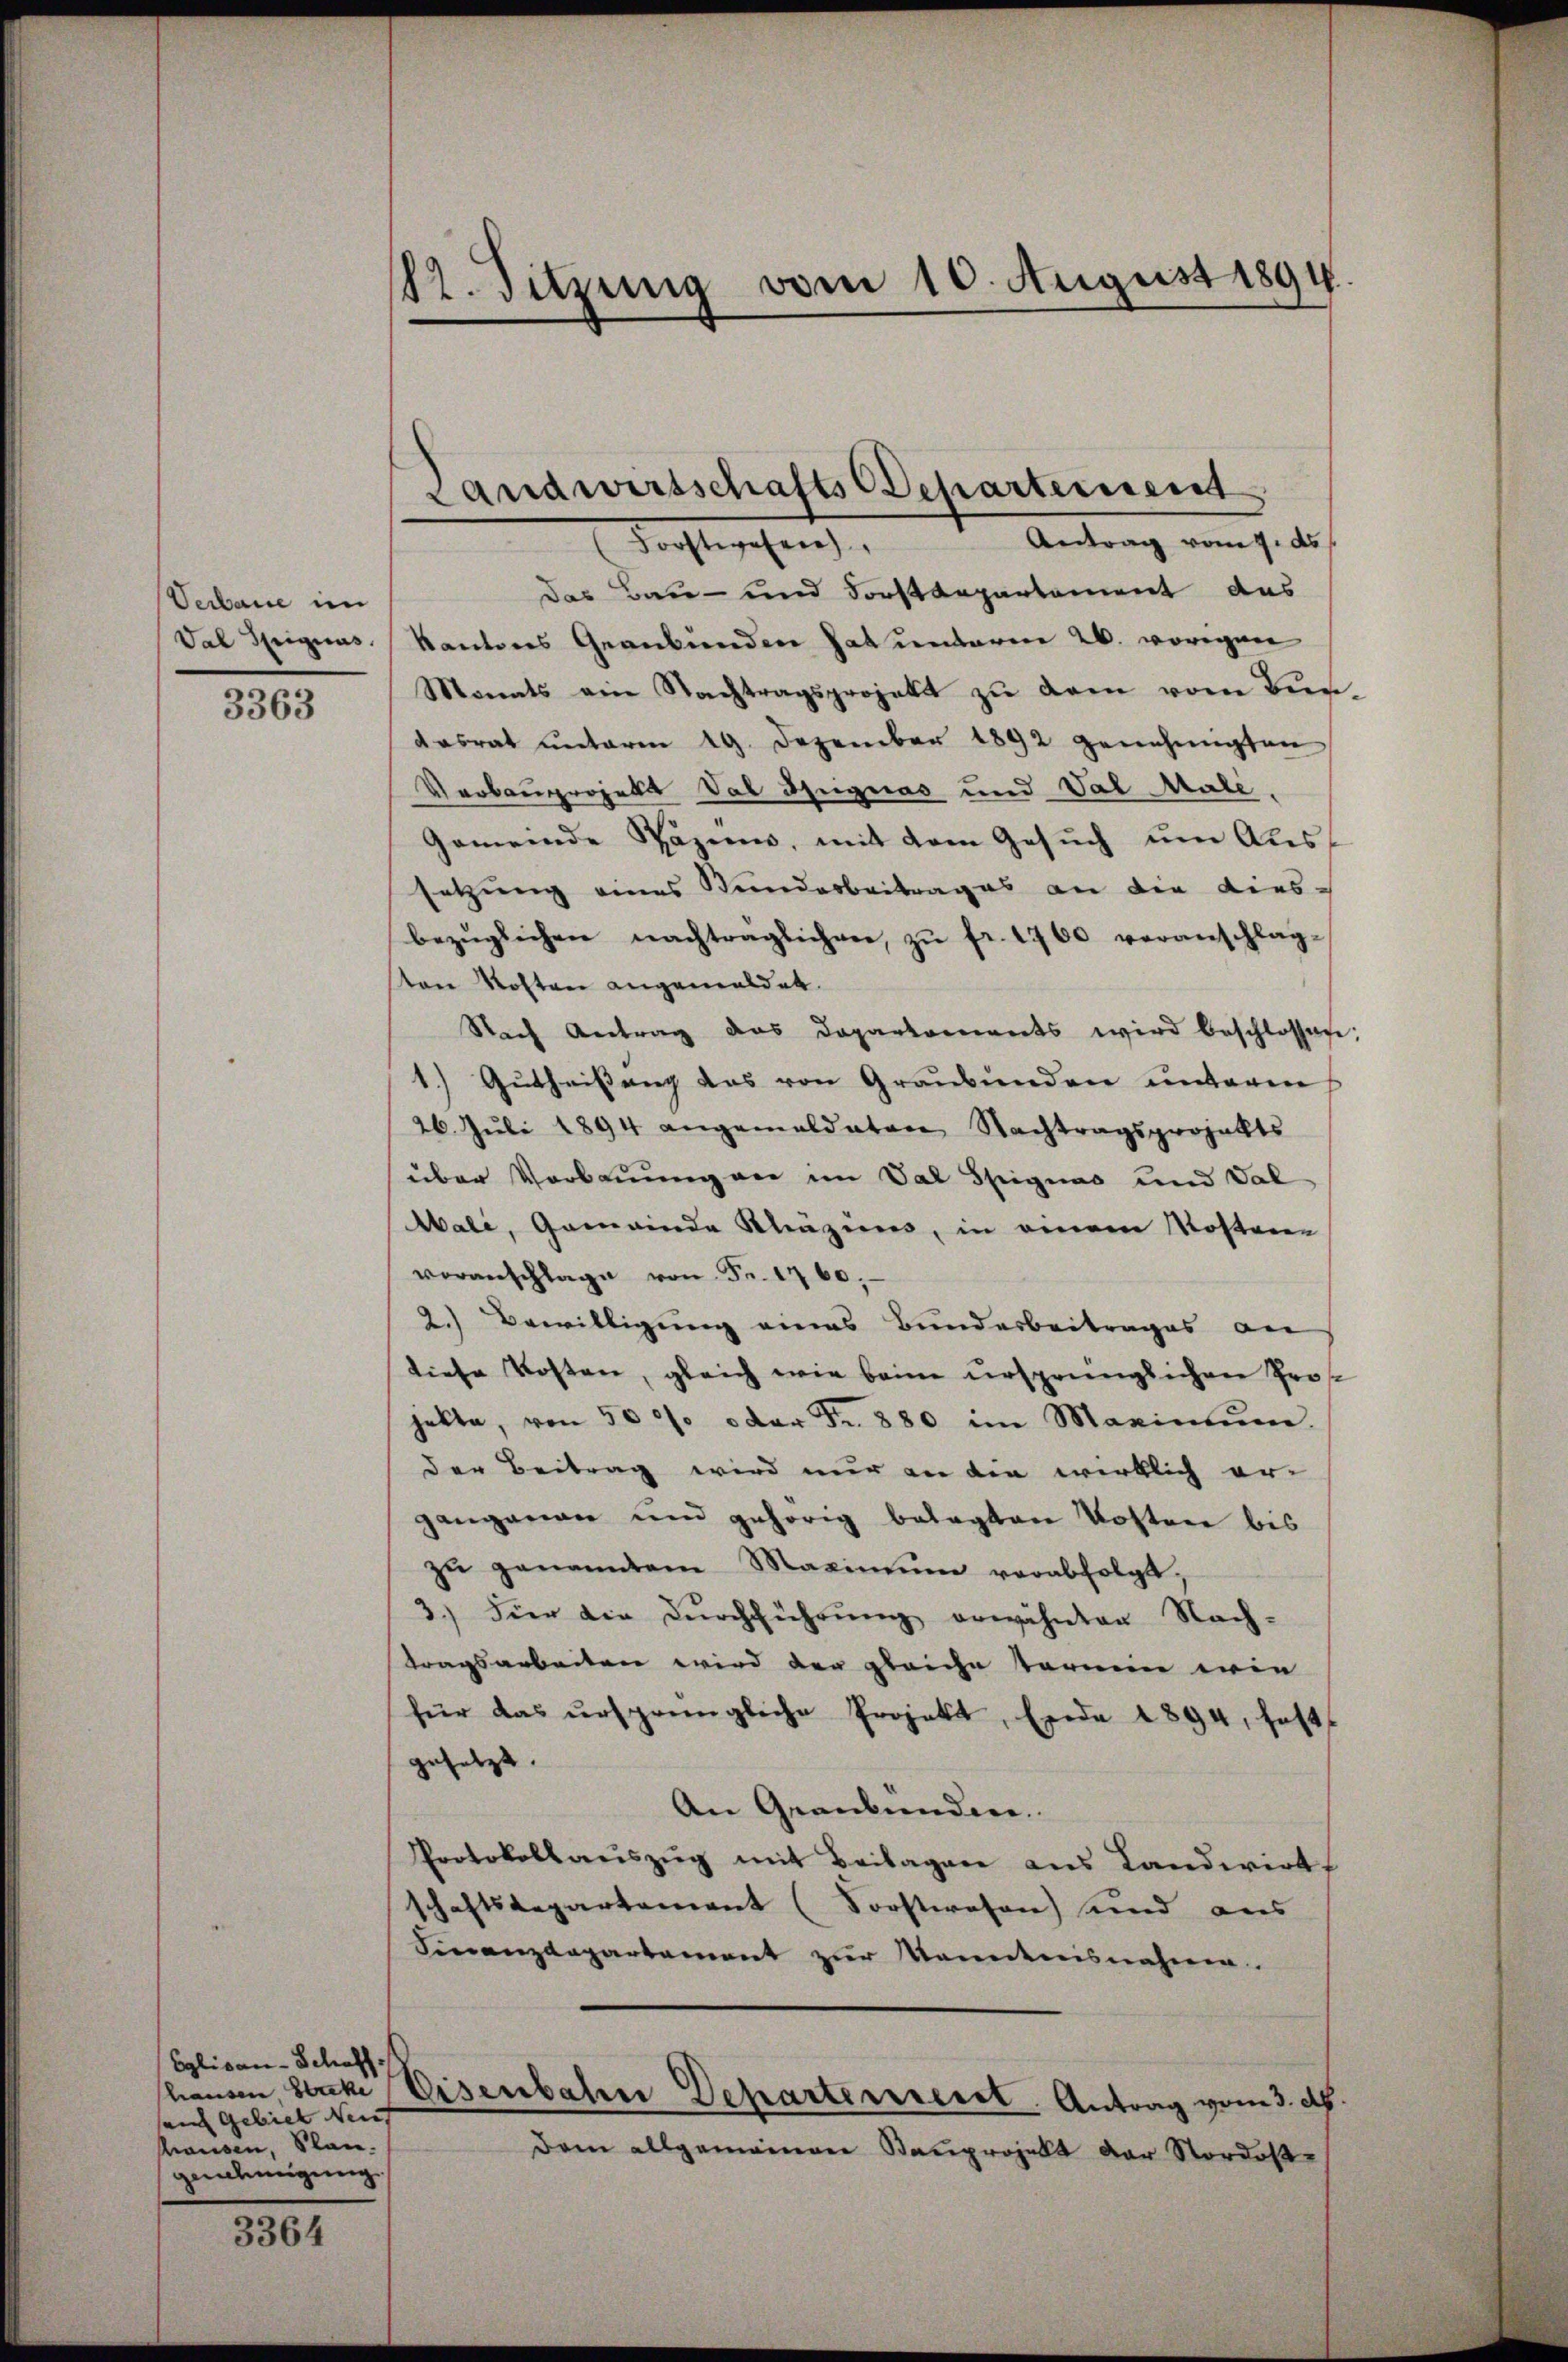
Verbaue im
Val Sigius.

3363

Eglisan-Schaff
au Gebiet Neu
hausen, Plan.
genehmigung

3364

12. Sitzung vom 10. August 1894.

Antrag vom 9. ds
Forstwesen
Das Bau- und Forstdepartement das
Kantons Graubünden hat unterm 26. vorigen
Monats ein Nachtragsprojekt zŭ dem vom Ber-
dasrat unterm 19. Dezember 1892 genehmigten
Verbauprojekt Val Signas und Val Male
Gemeinde Pazien, mit dem Gesŭch ŭm Aus
setzung eines Bundesbeitrages an die dies-
bezüglichen nachträglichen zŭ fr. 1700 veranschlag-
ten Kosten angemeldet.
Nach Antrag das Departements wird beschlossen:
1.) Gutheißung das von Graubünden unterm
26. Juli 1894 angemeldeten Nachtragsprojekts
über Vorbauung an im Val Spignas und Val
Mali, Gemeinde Khäzims, in einem Kosten
voranschlage von Fr. 1760,
2.) Bewilligung eines Bunderbeitrages an
diese Kosten, gleich wie beim ursprünglichen Pros
helte, von 500 oder Fr. 880 im Magintum.
der Beitrag wird nur an die wirklich ergangenen und gehörig belegten Kosten bis
zŭ genanntem Maximum verabfolgt.
3.) Fier die Dŭrchführŭng erwähnten Nach-
tragsarbeiten wird der gleiche Termin wie
für das ursprüngliche Projekt, Ende 1894, hatt
gesetzt.
An Graubünden.
Protokollaŭszŭg mit Beilagen aus Landwirt
schaftsdepartement (Forstwesen und aus
Finanzdepartement zur Kenntnisnahme.
hausen, Stacke Eisenbahne Departerrect. Antrag vom 3. d.
dem allgemeinen Bauprojekt der Nordost¬

Landwirtschafts-Separtement